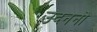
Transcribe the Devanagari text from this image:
उदननो